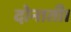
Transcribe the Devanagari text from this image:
दोनाती।